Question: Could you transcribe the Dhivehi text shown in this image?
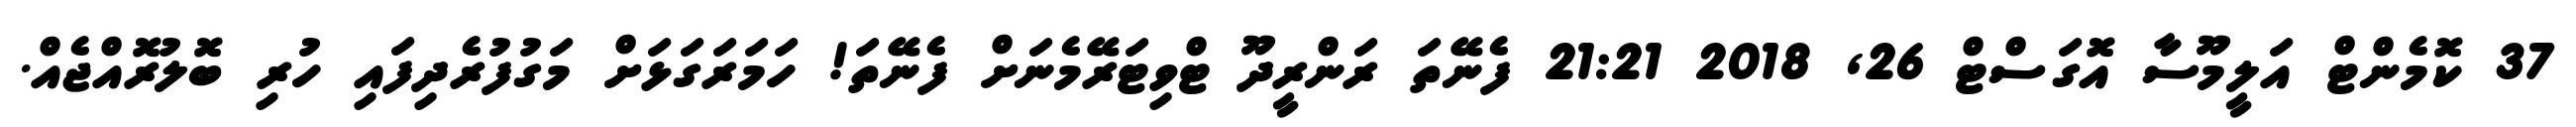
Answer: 37 ކޮމެންޓް އަލީމޫސާ އޮގަސްޓް 26, 2018 21:21 ފެނޭތަ ރަންރީދޫ ޓްވިޓަރޭމެނަށް ފެނޭތަ! ހަމަރަގަޅަށް މަގުފުރެދިފައި ހުރި ބޮލުރޮއްޖެއް.